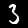
Digit: 3